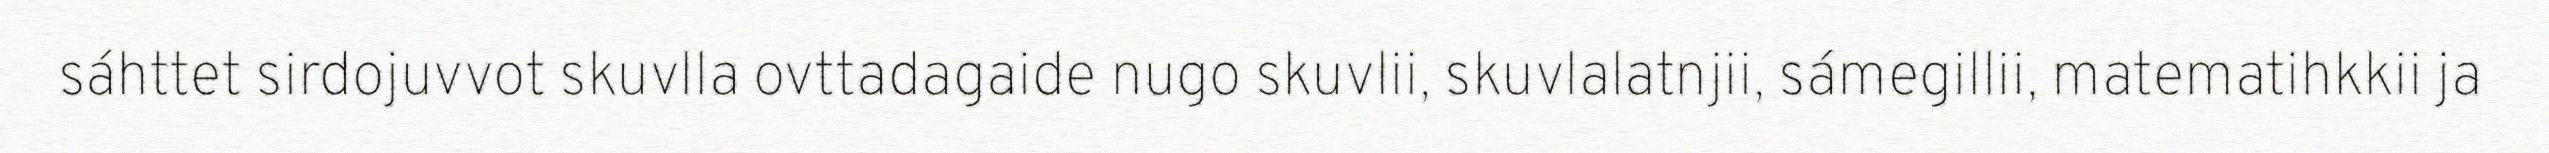
sáhttet sirdojuvvot skuvlla ovttadagaide nugo skuvlii, skuvlalatnjii, sámegillii, matematihkkii ja